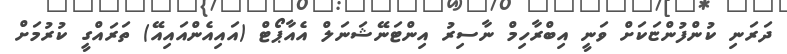
ދަރަނި ކުންފުންޏަކަށް ވަނީ އިބްރާހިމް ނާސިރު އިންޓަނޭޝަނަލް އެއާޕޯޓް (އައިއެންއައިއޭ) ތަރައްގީ ކުރުމަށް